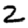
Digit: 2